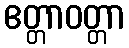
ဧတ္တာဝတ္တာ